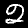
Digit: 2